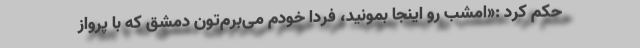
حکم کرد :«امشب رو اینجا بمونید، فردا خودم می‌برم‌تون دمشق که با پرواز